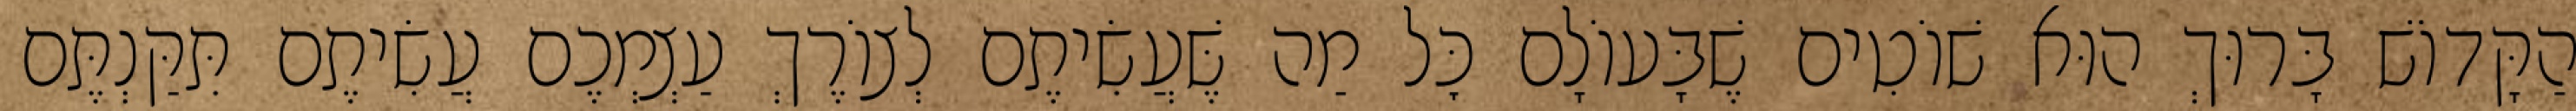
הַקָּדוֹשׁ בָּרוּךְ הוּא שׁוֹטִים שֶׁבָּעוֹלָם כׇּל מַה שֶּׁעֲשִׂיתֶם לְצוֹרֶךְ עַצְמְכֶם עֲשִׂיתֶם תִּקַּנְתֶּם